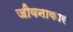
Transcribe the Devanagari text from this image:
जीवनाकार